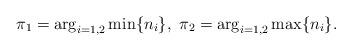
LaTeX: \begin{align*} \pi_1=\arg_{i=1,2}\min\{n_i\},\ \pi_2=\arg_{i=1,2}\max\{n_i\}.\end{align*}